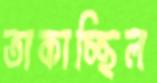
তাকাচ্ছিল